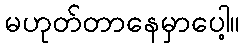
မဟုတ်တာနေမှာပေါ့။